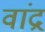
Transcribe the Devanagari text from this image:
वांद्र